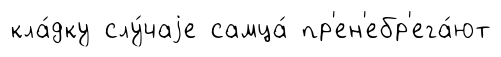
кла́дку слу́чаjе самца́ пр'ен'ебр'ега́ют